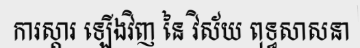
ការស្តារ ឡើងវិញ នៃ វិស័យ ពុទ្ធសាសនា